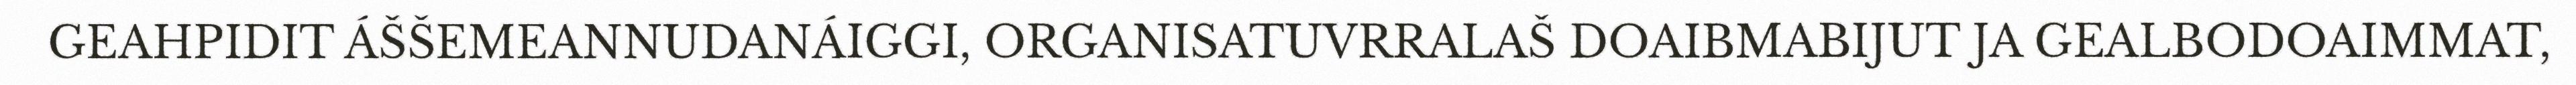
GEAHPIDIT ÁŠŠEMEANNUDANÁIGGI, ORGANISATUVRRALAŠ DOAIBMABIJUT JA GEALBODOAIMMAT,